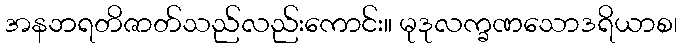
အနဘရတိဇာတ်သည်လည်းကောင်း။ မုဒုလက္ခဏသောဒရိယာစ၊